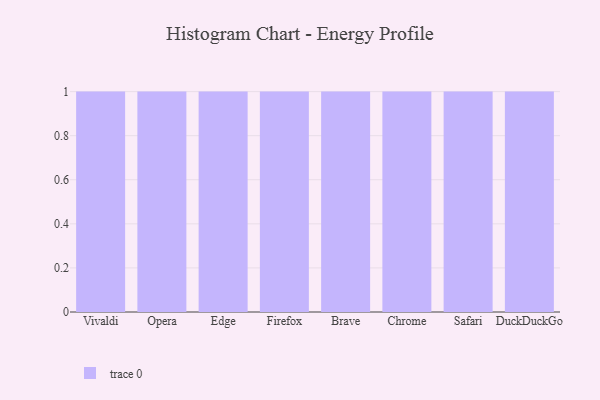
{"axis": {"x": "Browser", "y": "Budget (USD K)"}, "legend": [""], "data": [{"x": "Vivaldi", "y": 42, "type": ""}, {"x": "Opera", "y": 18, "type": ""}, {"x": "Edge", "y": 26, "type": ""}, {"x": "Firefox", "y": 33, "type": ""}, {"x": "Brave", "y": 19, "type": ""}, {"x": "Chrome", "y": 34, "type": ""}, {"x": "Safari", "y": 78, "type": ""}, {"x": "DuckDuckGo", "y": 93, "type": ""}]}